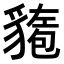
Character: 𫎍